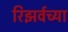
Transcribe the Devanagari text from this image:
रिझर्वच्या